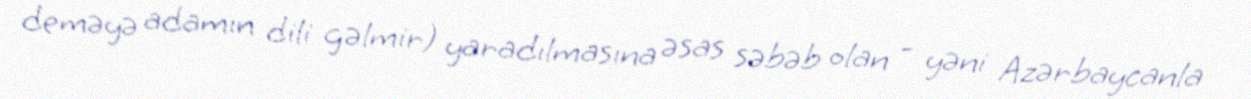
deməyə adamın dili gəlmir) yaradılmasına əsas səbəb olan - yəni Azərbaycanla